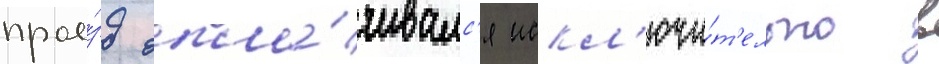
прое́зд опла́чивалс'я искл'ючи́т'ельно в